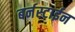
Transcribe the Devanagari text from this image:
बर्नस्टाईन